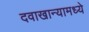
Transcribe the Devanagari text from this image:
दवाखान्यामध्ये